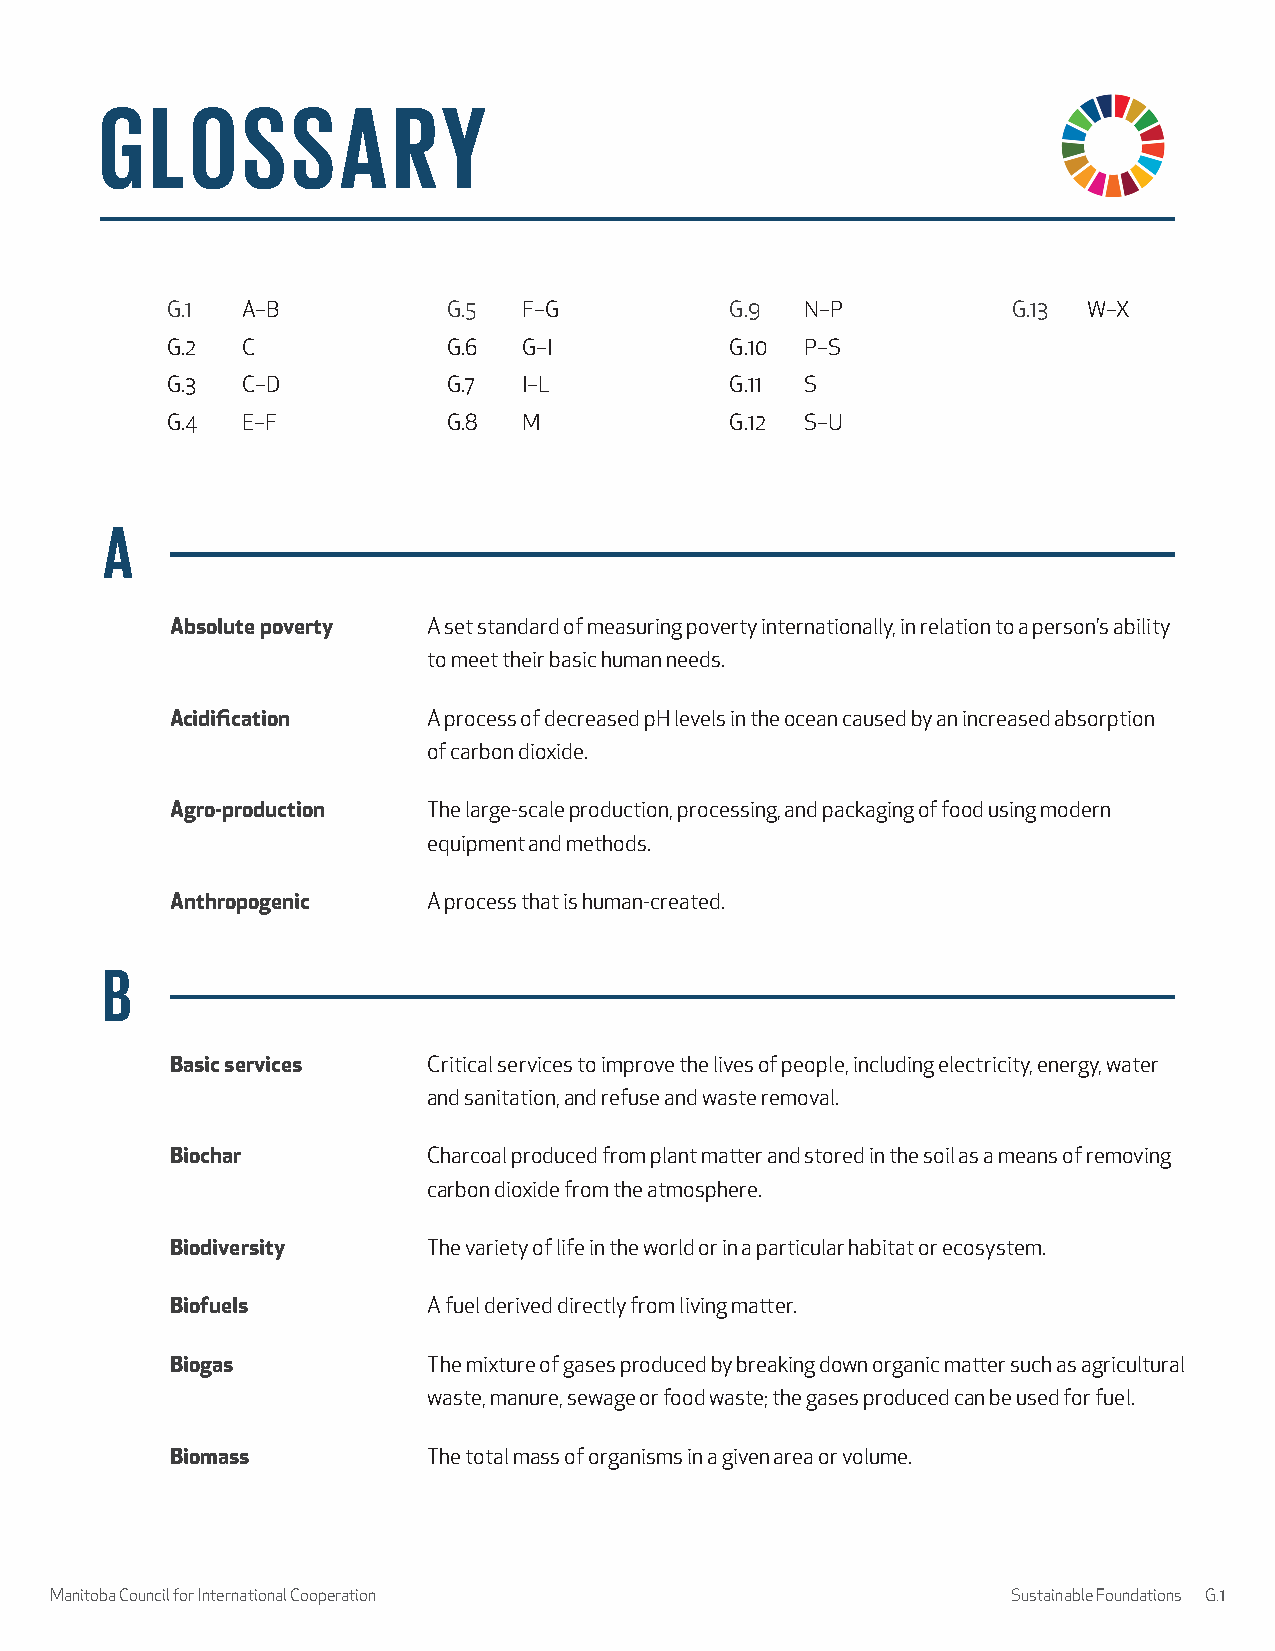
GLOSSARY
 G.1  A–B           G.5  F–G          G.9  N–P           G.13 W–X
 G.2  C             G.6  G–I          G.10 P–S
 G.3  C–D           G.7  I–L          G.11 S
 G.4  E–F           G.8  M            G.12 S–U
 A
 Absolute poverty A set standard of measuring poverty internationally, in relation to a person’s ability
 to meet their basic human needs.
 Acidification    A process of decreased pH levels in the ocean caused by an increased absorption
 of carbon dioxide.
 Agro-production  The large-scale production, processing, and packaging of food using modern
 equipment and methods.
 Anthropogenic    A process that is human-created.
 B
 Basic services   Critical services to improve the lives of people, including electricity, energy, water
 and sanitation, and refuse and waste removal.
 Biochar          Charcoal produced from plant matter and stored in the soil as a means of removing
 carbon dioxide from the atmosphere.
 Biodiversity     The variety of life in the world or in a particular habitat or ecosystem.
 Biofuels         A fuel derived directly from living matter.
 Biogas           The mixture of gases produced by breaking down organic matter such as agricultural
 waste, manure, sewage or food waste; the gases produced can be used for fuel.
 Biomass          The total mass of organisms in a given area or volume.
 Manitoba Council for International Cooperation                  Sustainable Foundations G.1